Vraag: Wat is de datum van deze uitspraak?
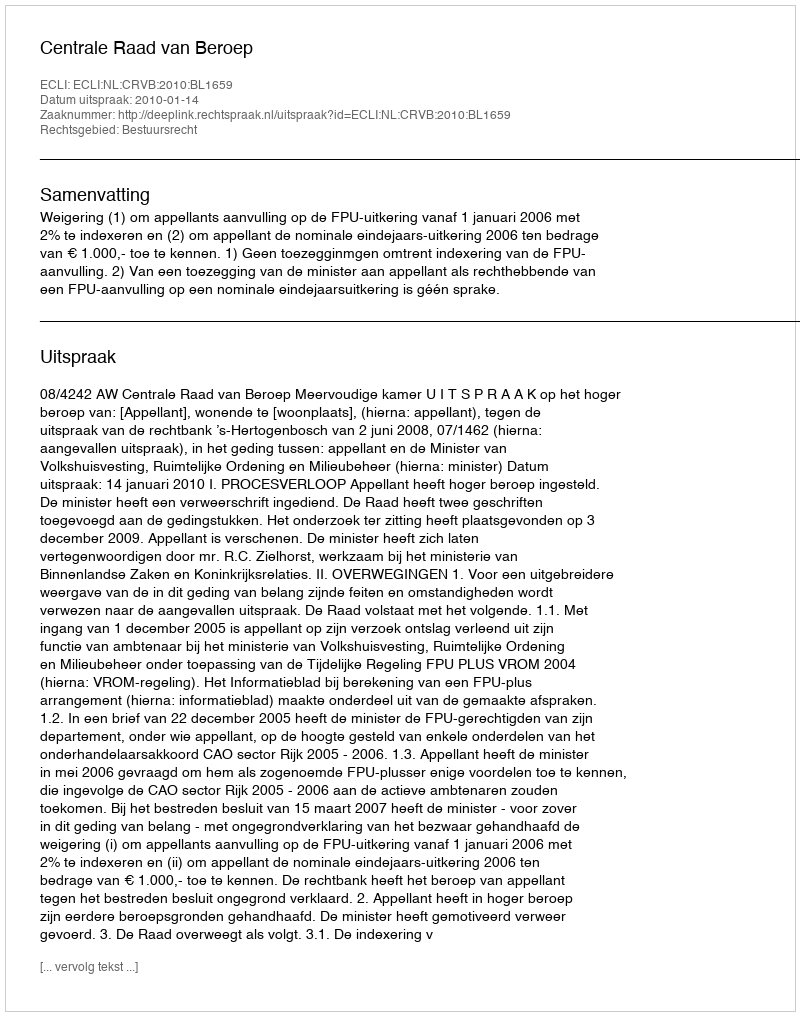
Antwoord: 2010-01-14